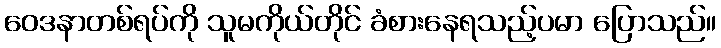
ဝေဒနာတစ်ရပ်ကို သူမကိုယ်တိုင် ခံစားနေရသည့်ပမာ ပြောသည်။